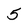
Character: 5